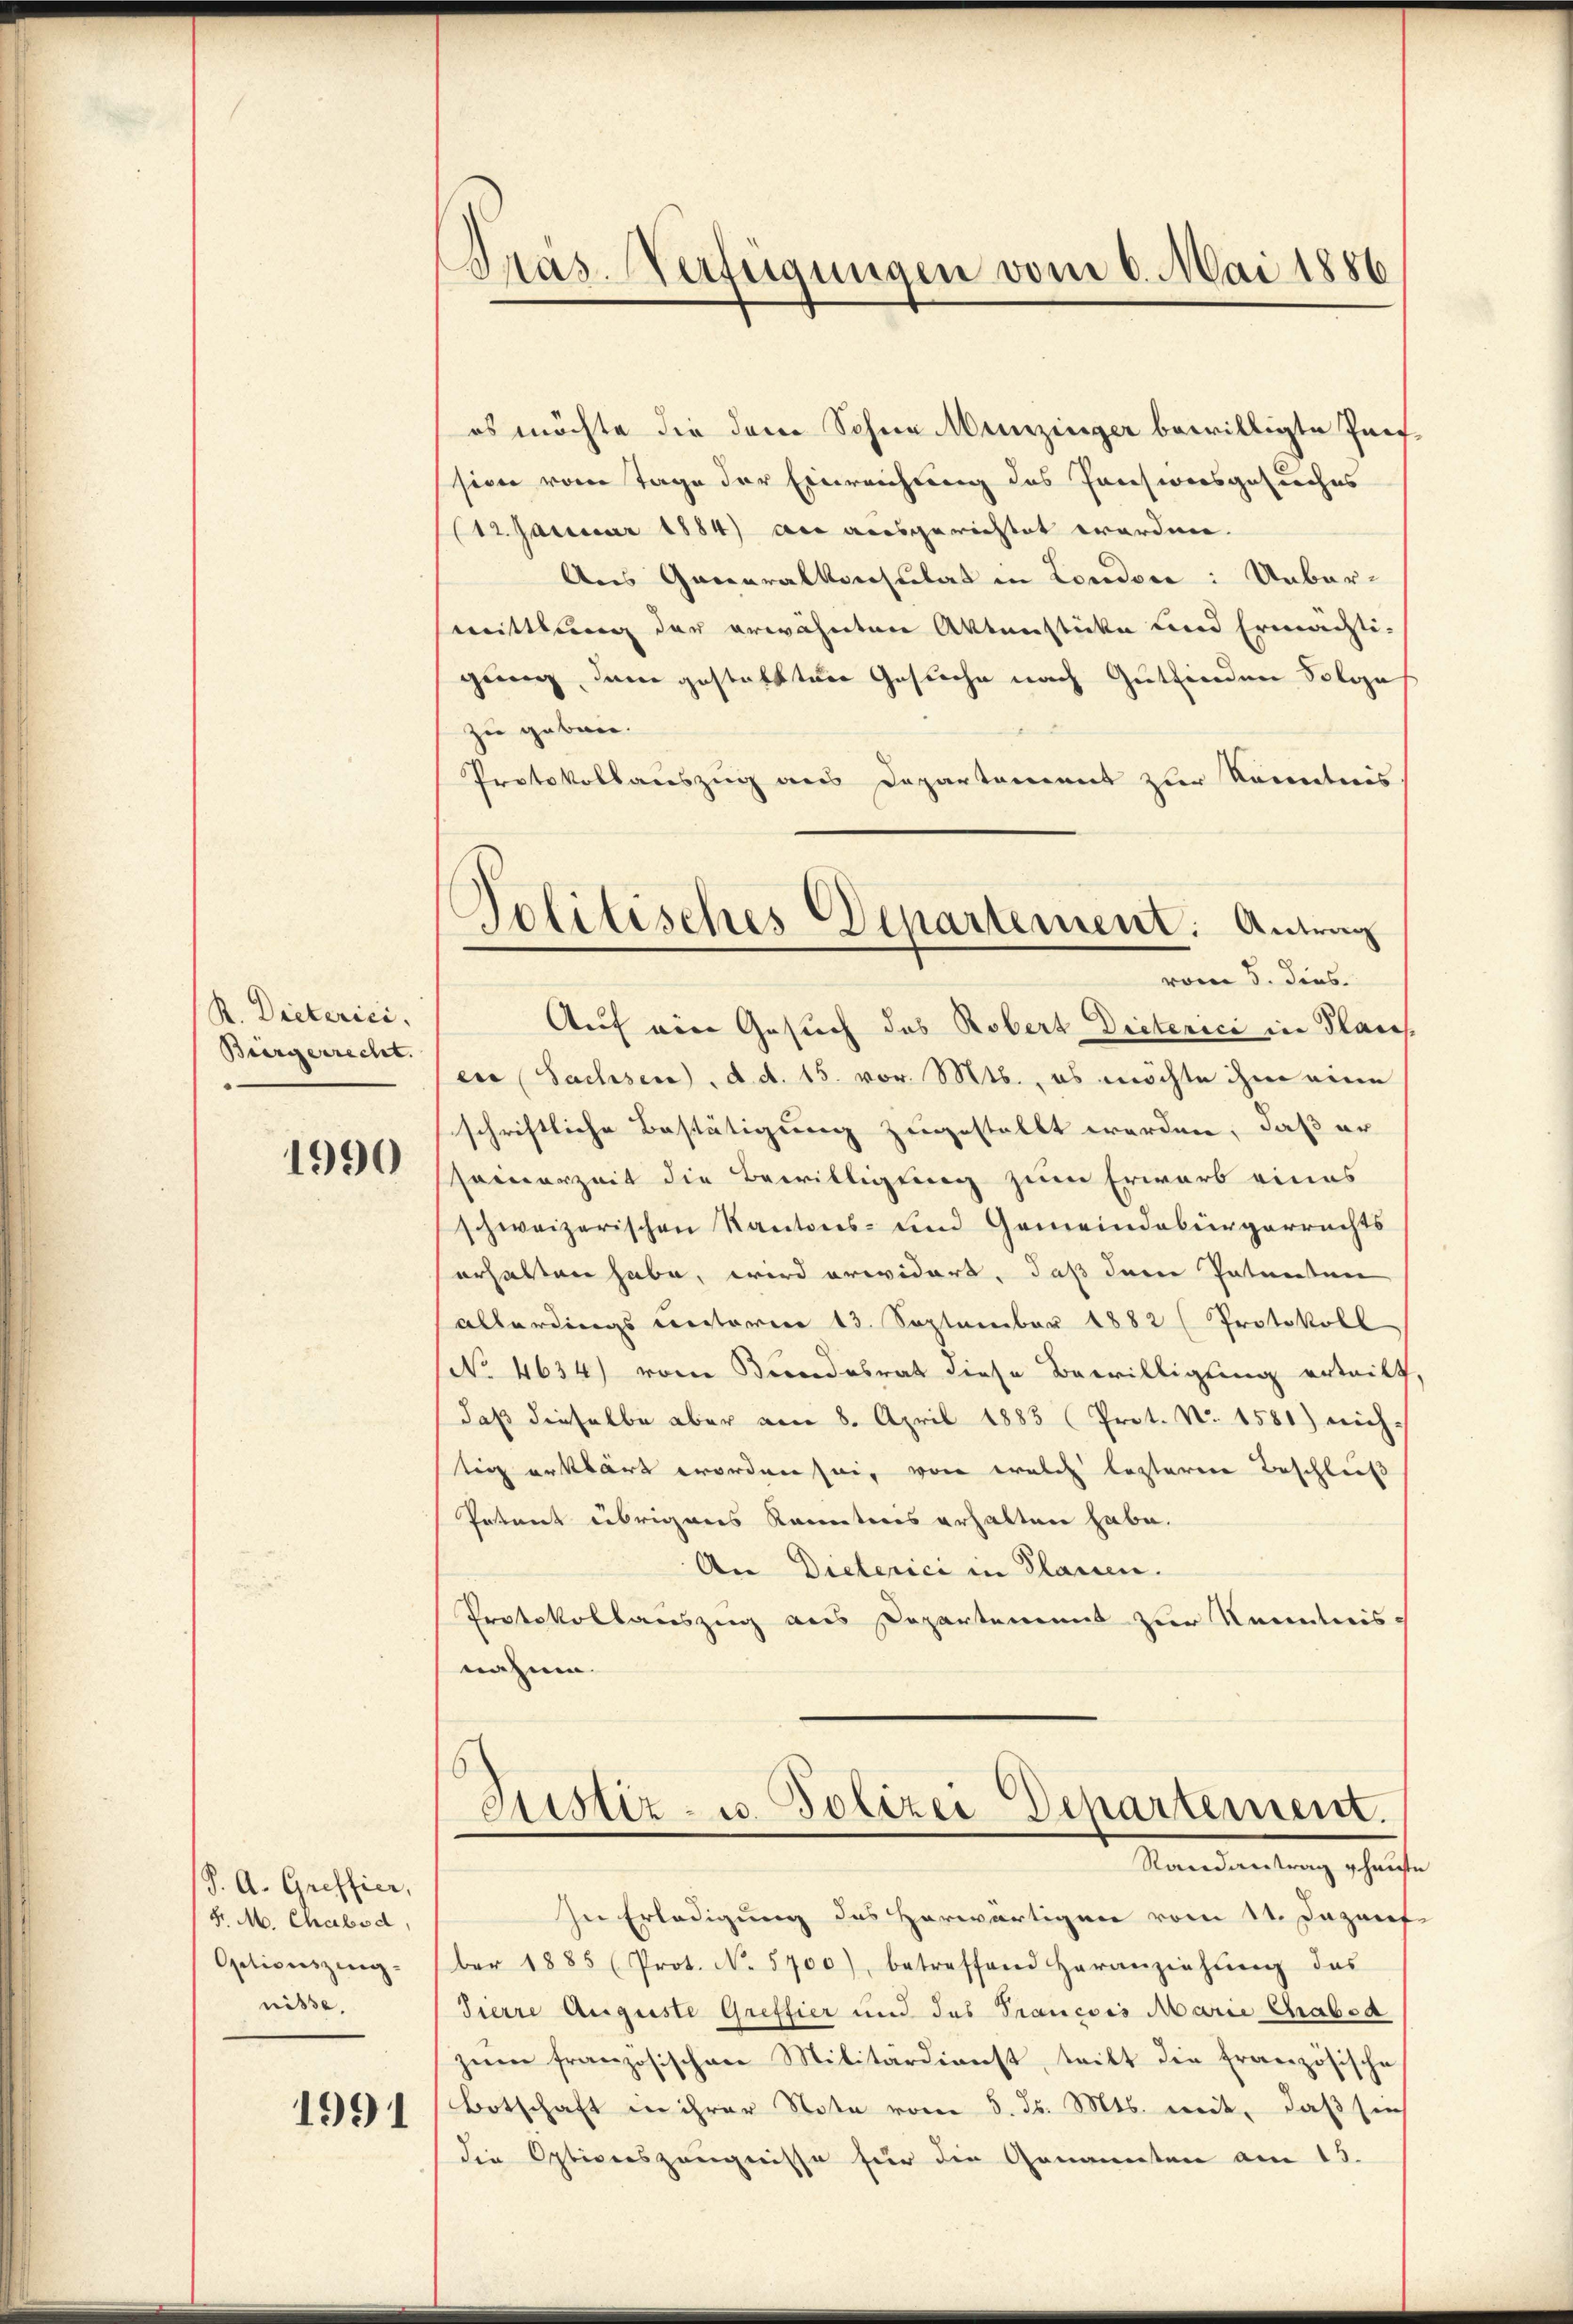
R. Dieterici,
Bürgerrecht.

1990

P. A. Greffier,
Fr. M. Chabsd,
Optionszingnisse.
1991

Präs. Verfügungen vom 6. Mai 1886

s
Politisches Departement: Antrag
vom 5. dies

es möchte die dem Sohne Munzinger bewilligte Part
ssion vom Tage der Einreichung des Pensiversgesuches
(12. Januar 1884) an ausgerichtet worden.
Aus Generalkonsulat in Londone: Unbarmittlung der erwähnten Aktenstücke und Ermächtigung, dem gestattter Gesuche nach Gutfinden Solga
zu geben.
Protokollauszug aus Departement zur Kenntnis
Auf ein Gesuch das Robert Dieterici in Plaich
ei (Sachsen, d. d. 15. vor. Mts., es möchte ihm eine
schriftliche Bestätigung zugestellt werden, daß er
hainerzeit die Bewilligung zum Erwarb eines
schweizerischen Kantons- und Gemeindebürgerrechts
erhalten habe, wird erwidert, daß dem Patenten
allerdings unterm 13. September 1882 (Protokoll
No 4634) von Brandesrat diese Bewilligung erteilt
daß dieselbe aber am 8. April 1883 (Prot. No. 1581) nich
tig erklärt worden sei, von welch lezteren Beschluß
Petent übrigens Kenntnis erhalten habe.
An Dielerici in Plauen.
Protokollauszug aus Departement zur Kenntnis-
nahme.

Justiz- u. Polizei Departement.
Randantrag phause

In Erledigung des Herwärtigen vom 11. Dazanf
ber 1885 (Prot. No. 5700), betreffend Heranziehŭng des
Tierre Auguste Greffier und des Trancois Marie Grabsa
zŭm französischen Militärdienst, teilt die Französische
Botschaft in ihrer Note vom 5. ds. Mts. mit, daß sich
die Optionszeugnisse für die Genannten am 13.